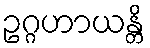
ဥဂ္ဂဟာယန္တိ